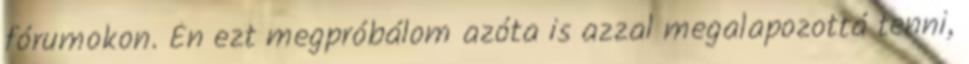
fórumokon. Én ezt megpróbálom azóta is azzal megalapozottá tenni,